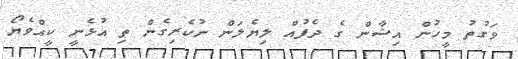
ވަގުތު މީހުން އިޝާން ގެ ދެފުއް ލިޔެލަން ނުކެރިގެން ތި އުޅެނީ ކީއްވެޔޯ